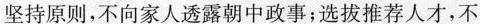
坚持原则，不向家人透露朝中政事；选拔推荐人才，不